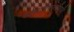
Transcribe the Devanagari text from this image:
कोशाधिकाराधिपति